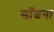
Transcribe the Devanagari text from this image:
साँत्वना